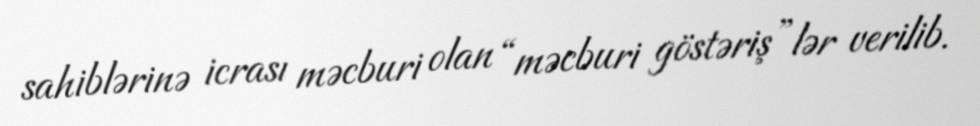
sahiblərinə icrası məcburi olan “məcburi göstəriş”lər verilib.